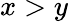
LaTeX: x>y